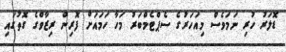
ޑޮލަރު ހުރި ނަަމަވެސް މިއަހަރުގެ ސެޕްޓެމްބަރު މަހާ ހަމައަށް ފޮރިން ރިޒާވްގެ ގޮތުގައި